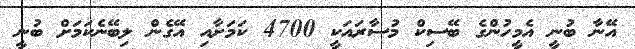
އޭނާ ބުނީ އެމީހުންގެ ބޭސިކް މުސާރައަކީ 4700 ކަމަށާއި އޭގެން ލިބޭނެކަމަށް ބުނީ